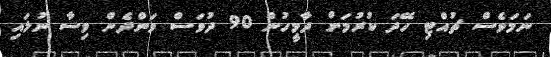
ނަމަވެސް ޗުއްޓި ހޭދަ ކުރުމަށް ދާމީހުން 90 ދުވަސް ވަންދެން ވިސާ ނުލައި